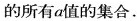
的所有a值的集合.